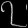
Digit: ၇